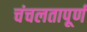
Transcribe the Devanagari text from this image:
चंचलतापूर्ण